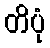
တိပုံ